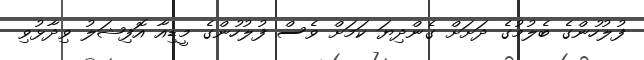
ފުލުހުންގެ ބެލުމުގެ ދަށަށް ގެންދިޔަ ކަމަށް ވެސް ފުލުހުންގެ މީޑިއާ އޮފިޝަލު ވިދާޅުވި